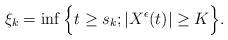
LaTeX: \begin{align*}&\xi_{k}=\inf\Big\{t\geq s_{k}; |X^{\epsilon}(t)|\geq K\Big\}.\end{align*}